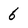
Character: 6